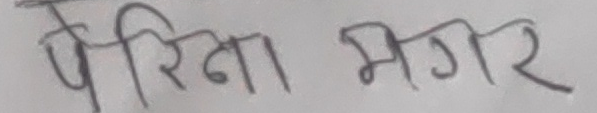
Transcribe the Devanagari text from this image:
पेरिना मगर